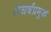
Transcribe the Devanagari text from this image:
संघर्षप्रमुख